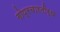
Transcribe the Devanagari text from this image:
गोप्रचारतीर्थ